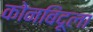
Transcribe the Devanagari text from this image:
कोनबिंदूला